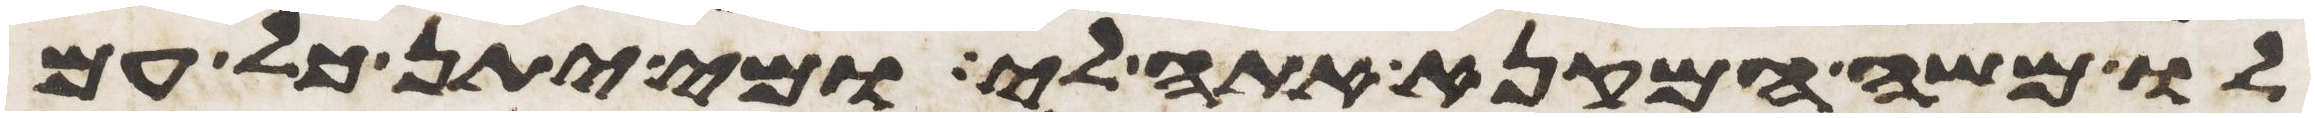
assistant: לו משה המקנא אתה לי ומי יתן כל עם